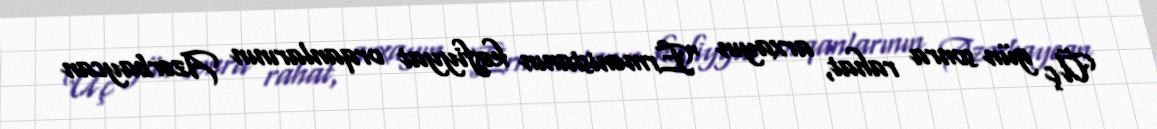
Üç gün sonra rahat, arxayın “Ermənistanın kəşfiyyat orqanlarının Azərbaycan